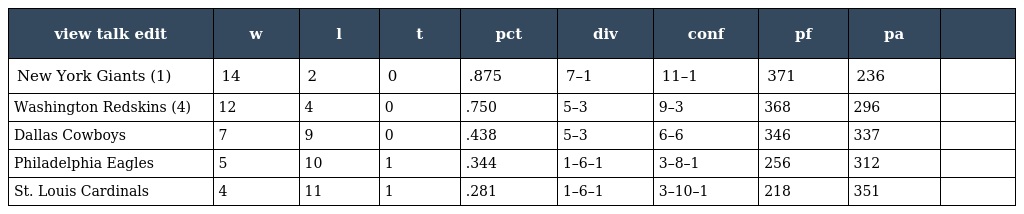
| view talk edit | w | l | t | pct | div | conf | pf | pa |  |
 | --- | --- | --- | --- | --- | --- | --- | --- | --- | --- |
 | New York Giants (1) | 14 | 2 | 0 | .875 | 7–1 | 11–1 | 371 | 236 |  |
 | Washington Redskins (4) | 12 | 4 | 0 | .750 | 5–3 | 9–3 | 368 | 296 |  |
 | Dallas Cowboys | 7 | 9 | 0 | .438 | 5–3 | 6–6 | 346 | 337 |  |
 | Philadelphia Eagles | 5 | 10 | 1 | .344 | 1–6–1 | 3–8–1 | 256 | 312 |  |
 | St. Louis Cardinals | 4 | 11 | 1 | .281 | 1–6–1 | 3–10–1 | 218 | 351 |  |